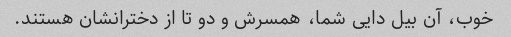
خوب، آن بیل دایی شما، همسرش و دو تا از دخترانشان هستند.